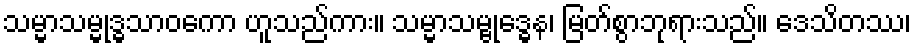
သမ္မာသမ္မုဒ္ဓသာဝကော ဟူသည်ကား။ သမ္မာသမ္ဗုဒ္ဓေန၊ မြတ်စွာဘုရားသည်။ ဒေသိတဿ၊